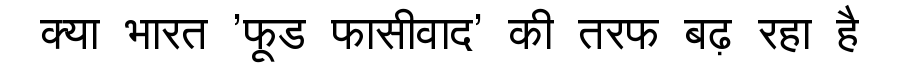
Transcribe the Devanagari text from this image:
क्या भारत 'फूड फासीवाद' की तरफ बढ़ रहा है